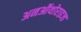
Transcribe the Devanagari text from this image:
अनऑथोराइज्ड